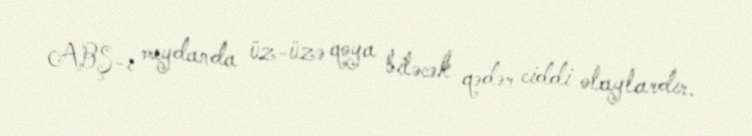
ABŞ-ı meydanda üz-üzə qoya biləcək qədər ciddi olaylardır.